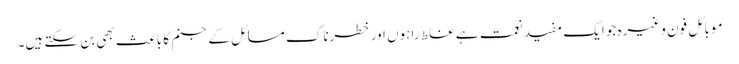
موبائل فون وغیرہ جو ایک مفید نعمت ہے غلط راہوں اور خطرناک مسائل کے جنم کا باعث بھی بن سکتے ہیں۔